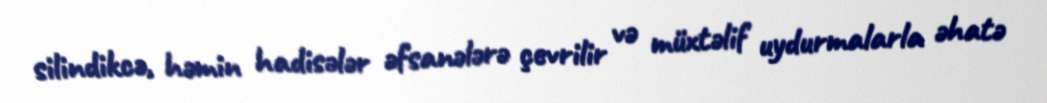
silindikcə, həmin hadisələr əfsanələrə çevrilir və müxtəlif uydurmalarla əhatə